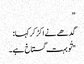
”
گدھے نے اکڑ کر کہا:
"تُو بہت گستاخ ہے۔